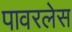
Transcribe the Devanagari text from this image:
पावरलेस